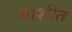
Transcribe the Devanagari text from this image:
घाशीत